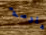
هلوسة